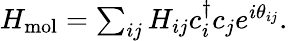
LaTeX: \begin{array}{r}{H_{\mathrm{mol}}=\sum_{ij}H_{ij}c_{i}^{\dagger}c_{j}e^{i\theta_{ij}}.}\end{array}